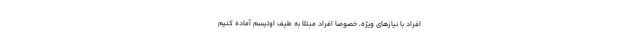
افراد با نیازهای ویژه، خصوصاً افراد مبتلا به طیف اوتیسم آماده کنیم